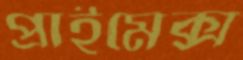
প্রাইমেক্স